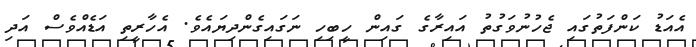
އެއަޑު ކަންފަތުގައި ޖެހުނުވަގުތު އައިރާގެ ގައިން ހީބިހި ނަގައިގެންދިޔައެވެ. އެހާރީތި އަޑެއްވެސް އަދި